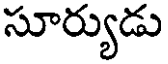
సూర్యుడు